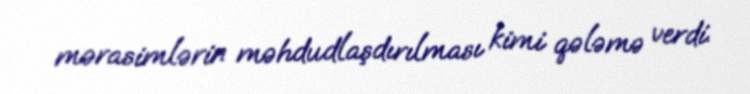
mərasimlərin məhdudlaşdırılması kimi qələmə verdi.